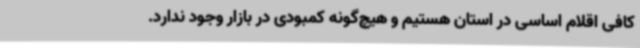
کافی اقلام اساسی در استان هستیم و هیچ‌گونه کمبودی در بازار وجود ندارد.